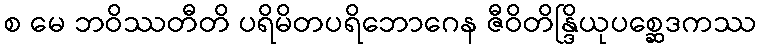
စ မေ ဘဝိဿတီတိ ပရိမိတပရိဘောဂေန ဇီဝိတိန္ဒြိယုပစ္ဆေဒကဿ